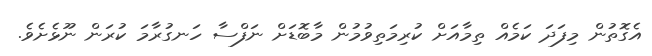
އެގޮތުން މިފަދަ ކަމެއް ތިމާއަށް ކުރިމަތިވުމުން މާބޮޑަށް ނަފްސާ ހަނގުރާމަ ކުރަން ނޫޅެށެވެ.